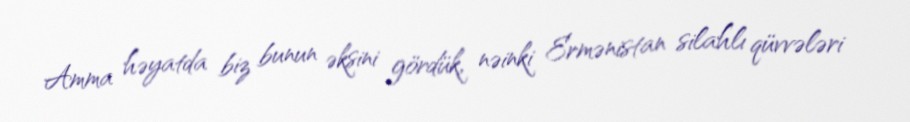
Amma həyatda biz bunun əksini gördük, nəinki Ermənistan silahlı qüvvələri